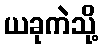
ယခုကဲသို့